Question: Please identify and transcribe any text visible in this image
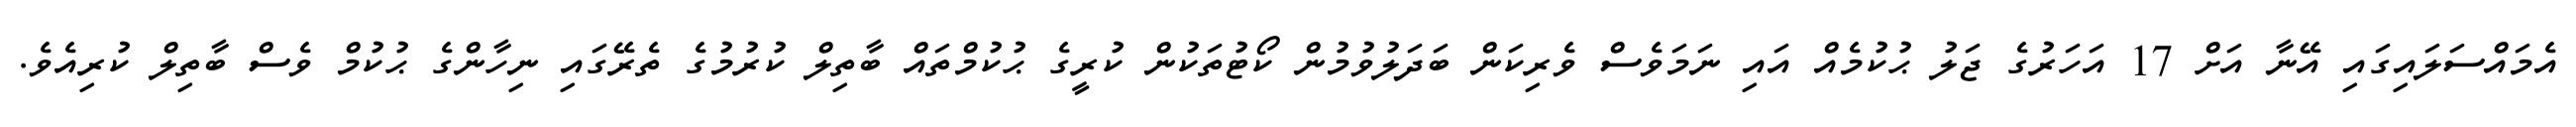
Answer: އެމައްސަލައިގައި އޭނާ އަށް 17 އަހަރުގެ ޖަލު ޙުކުމެއް އައި ނަމަވެސް ވެރިކަން ބަދަލުވުމުން ކޯޓުތަކުން ކުރީގެ ޙުކުމްތައް ބާތިލް ކުރުމުގެ ތެރޭގައި ނިހާންގެ ޙުކުމް ވެސް ބާތިލް ކުރިއެވެ.